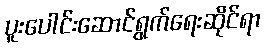
ပူးပေါင်းဆောင်ရွက်ရေးဆိုင်ရာ